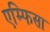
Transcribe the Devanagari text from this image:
एम्फिसा